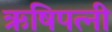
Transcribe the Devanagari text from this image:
ऋषिपत्नी